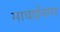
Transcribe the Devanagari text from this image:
माधाईनगर